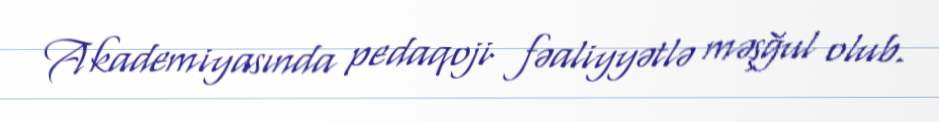
Akademiyasında pedaqoji fəaliyyətlə məşğul olub.